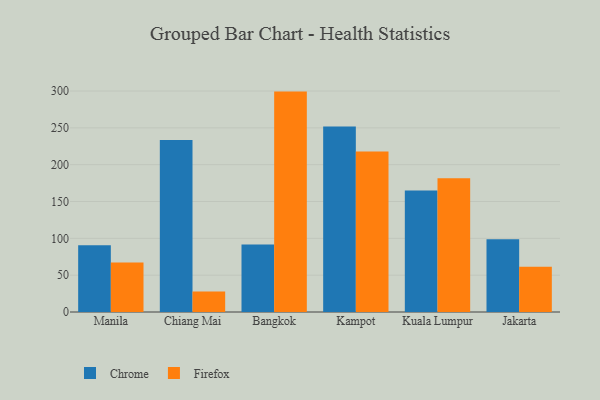
{"axis": {"x": "City", "y": "Production Output"}, "legend": ["Chrome", "Firefox"], "data": [{"x": "Manila", "y": 90.6, "type": "Chrome"}, {"x": "Manila", "y": 67.1, "type": "Firefox"}, {"x": "Chiang Mai", "y": 233.4, "type": "Chrome"}, {"x": "Chiang Mai", "y": 27.7, "type": "Firefox"}, {"x": "Bangkok", "y": 91.6, "type": "Chrome"}, {"x": "Bangkok", "y": 299.2, "type": "Firefox"}, {"x": "Kampot", "y": 251.9, "type": "Chrome"}, {"x": "Kampot", "y": 217.9, "type": "Firefox"}, {"x": "Kuala Lumpur", "y": 165.0, "type": "Chrome"}, {"x": "Kuala Lumpur", "y": 181.7, "type": "Firefox"}, {"x": "Jakarta", "y": 98.9, "type": "Chrome"}, {"x": "Jakarta", "y": 61.4, "type": "Firefox"}]}